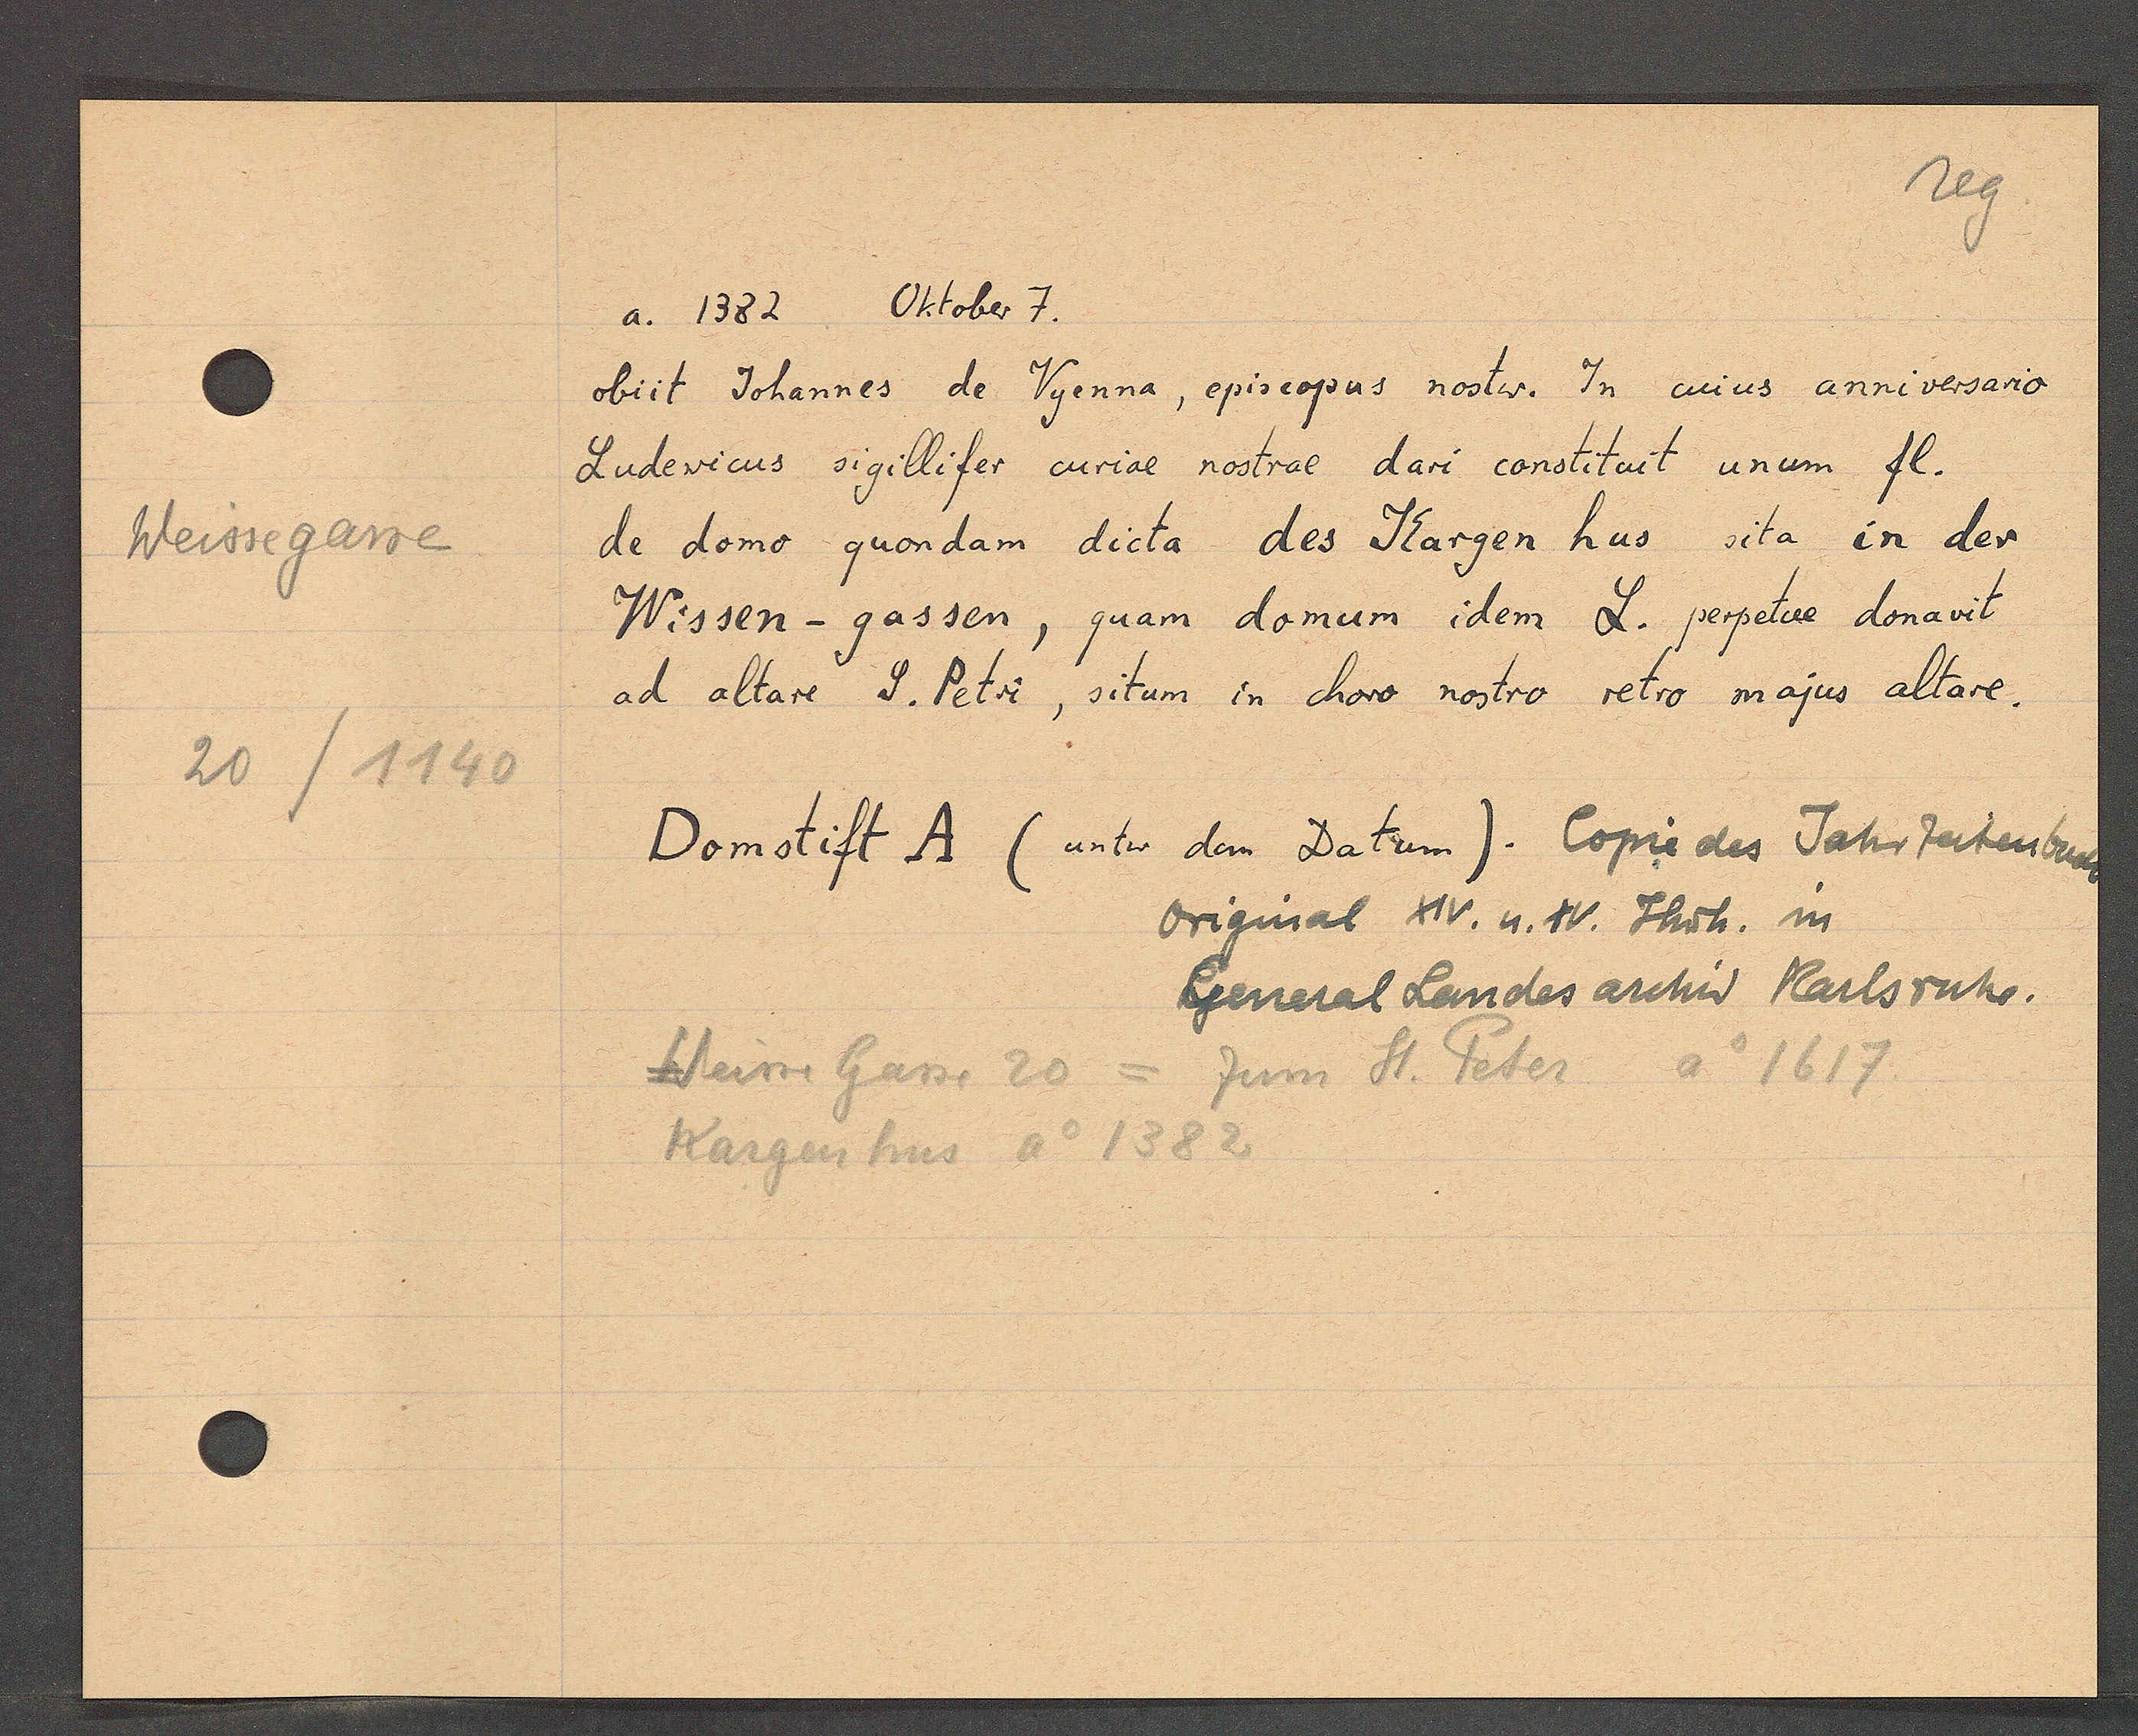
Transcript:
Weissegasse
20 /1140

a. 1382. Oktober 7.

obiit Johannes de Vyenna, episcopus nostw. In cuius anniversario
Ludevicus sigillifer cural nostral dari connstituit unum fl.
de domo quondam dicta des Kargen hus sita in der
Wissen- gassen, quam domum idem L. perpetue donavit
ad altare S. Petri, situm in choro nostro retro majus altare.

Leim Gasse 20 = Zum St. Peter ao 1617
Kargen hus Ao 1382

Domstift A (unter dem Datum). Copie des Jahrzeitenbuchs
Original XIV. u. XV. Hrsh. im
General Landes archiv Karsruhe.